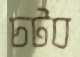
চটব